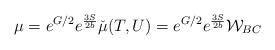
LaTeX: \begin{align*}\mu=e^{G/2} e^{ \frac{3S}{2b} } \check{\mu}(T,U) = e^{G/2}e^{\frac{3S}{2b}}{\cal W}_{BC}\end{align*}